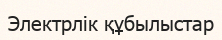
Электрлік құбылыстар